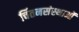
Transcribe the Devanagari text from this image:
चिंतनसंस्थाओं